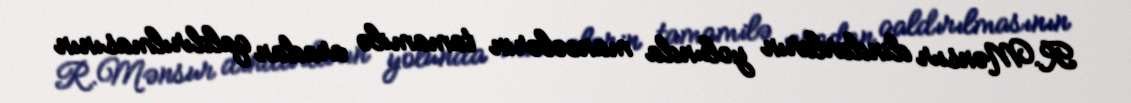
R.Mənsur dindarların yolunda maneələrin tamamilə aradan qaldırılmasının